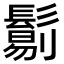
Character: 𩮜